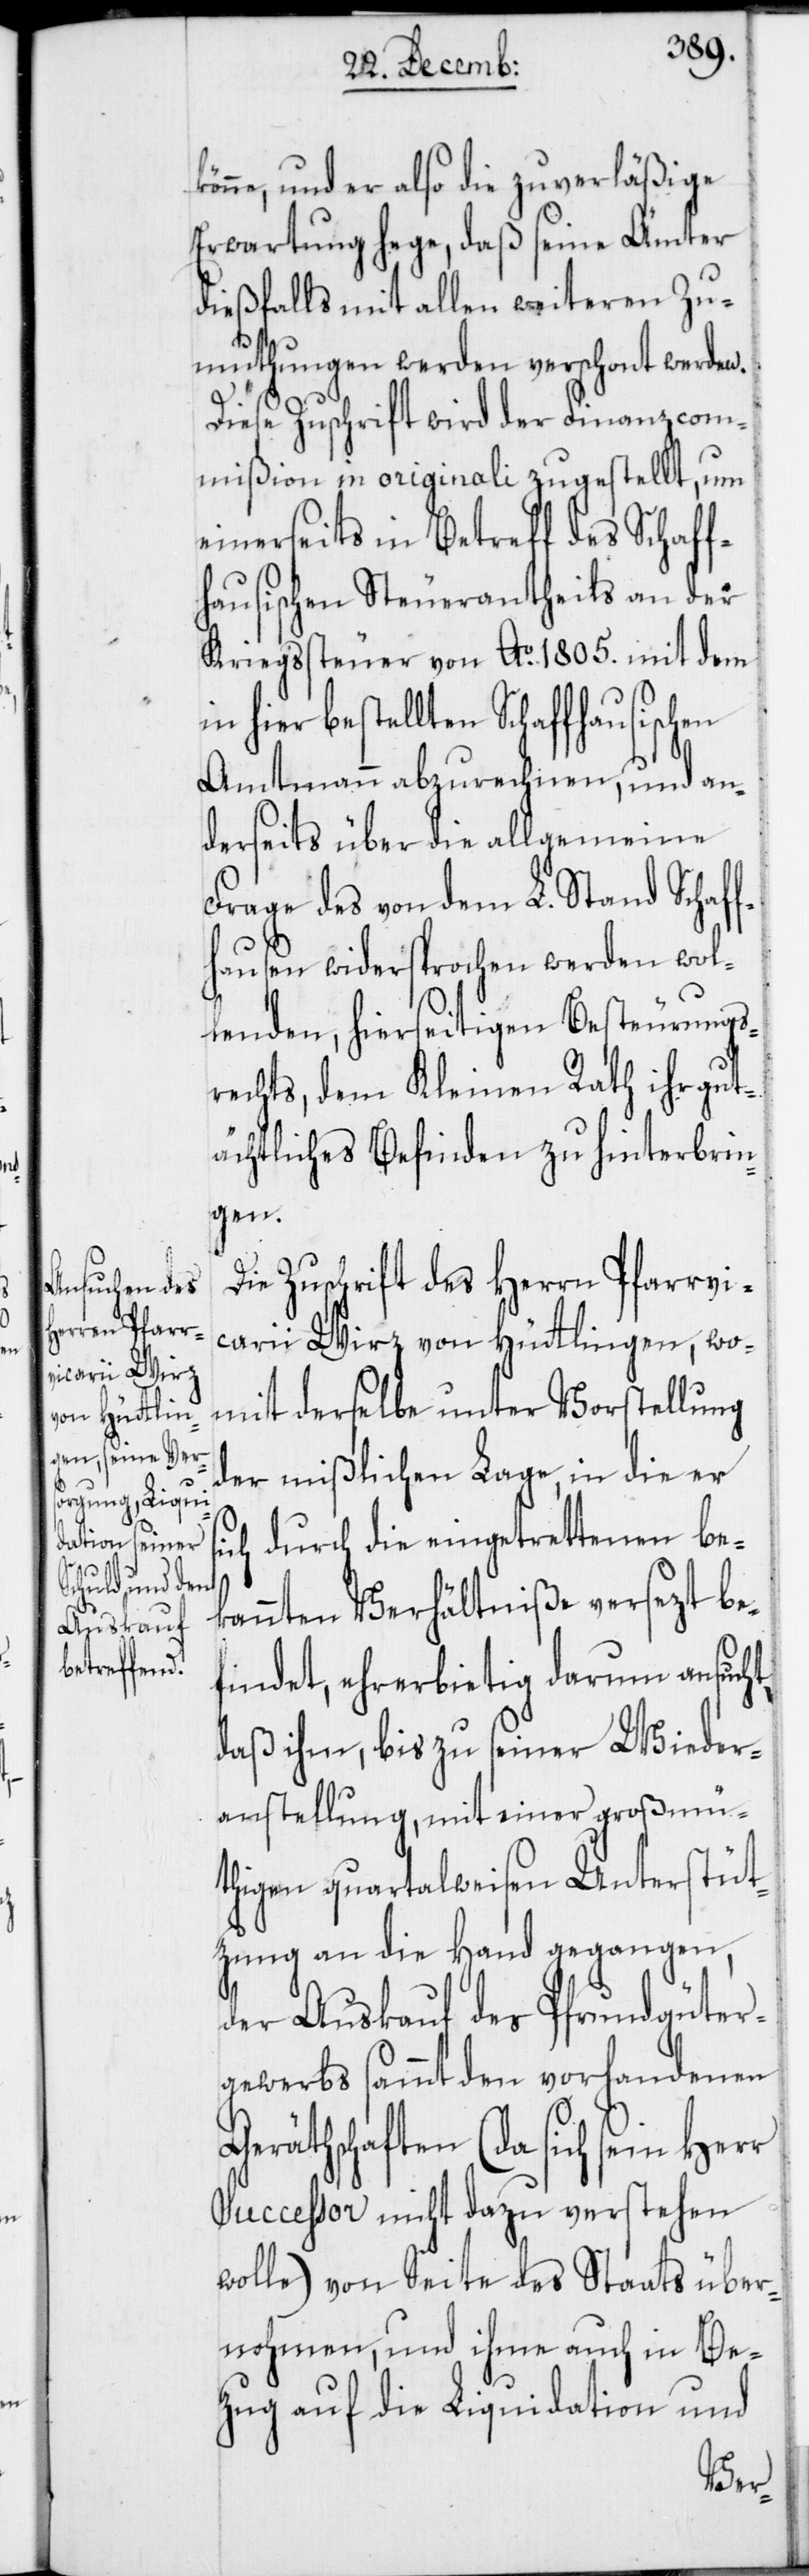
s¬

könne, und er also die zuverläßige
Erwartung hege, daß seine Ämter
dießfalls mit allen weiteren Zu¬
muthungen werden verschont werden.
Diese Zuschrift wird der Finanzcom¬
mißion in originali zugestellt, um
einerseits in Betreff des Schaff¬
hausischen Steuerantheils an der
Kriegssteuer von Ao. 1805. mit dem
hier bestellten Schaffhausischen
Amtmann abzurechnen, und an¬
derseits über die allgemeine
Frage des von dem L. Stand Schaff¬
hausen widersprochen werden wol¬
lenden, hierseitigen Besteurungs¬
rechts, dem Kleinen Rath ihr gut¬
ächtliches Befinden zu hinterbrin¬
gen.
Die Zuschrift des Herren Pfarrvi¬
carii Wirz von Hüttlingen, wo¬
mit derselbe unter Vorstellung
der mißlichen Lage, in die er
ich durch die eingetrettenen be¬
kannten Verhältniße versezt be¬
findet, ehrerbietig darum ansucht,
daß ihm, bis zu seiner Wieder¬
anstellung, mit einer großmü¬
thigen quartalweisen Unterstüt¬
zung an die Hand gegangen,
der Auskauf des Pfrundgüter¬
gewerbs sammt den vorhandenen
Geräthschaften (da sich sein Herr
Successor nicht dazu verstehen
wolle) von Seite des Staats über¬
nohmen, und ihme auch in Be¬
zug auf die Liquidation und